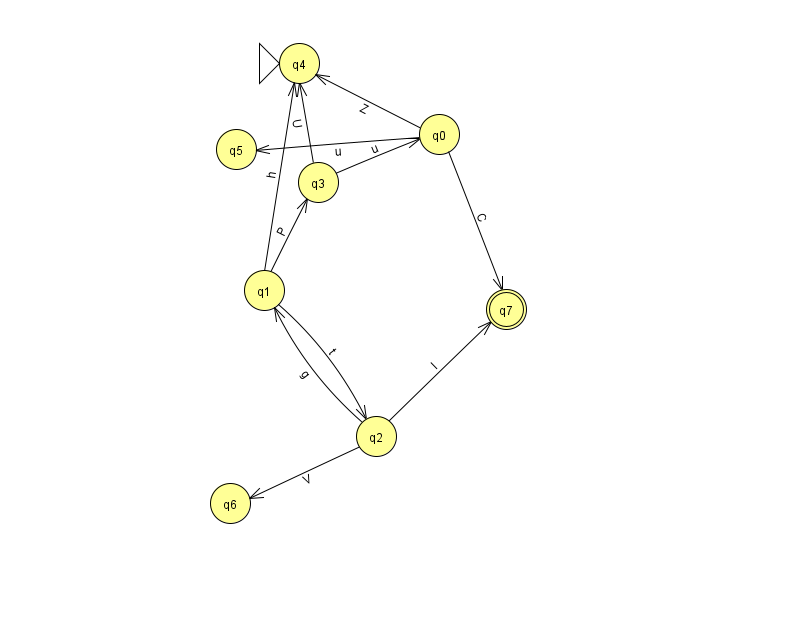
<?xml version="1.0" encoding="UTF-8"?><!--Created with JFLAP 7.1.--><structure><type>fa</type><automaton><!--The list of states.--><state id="0" name="q0"><x>439.0</x><y>121.0</y></state><state id="1" name="q1"><x>264.0</x><y>277.0</y></state><state id="2" name="q2"><x>376.0</x><y>423.0</y></state><state id="3" name="q3"><x>318.0</x><y>169.0</y></state><state id="4" name="q4"><x>299.0</x><y>50.0</y><initial/></state><state id="5" name="q5"><x>236.0</x><y>136.0</y></state><state id="6" name="q6"><x>230.0</x><y>490.0</y></state><state id="7" name="q7"><x>506.0</x><y>296.0</y><final/></state><!--The list of transitions.--><transition><from>0</from><to>7</to><read>C</read></transition><transition><from>1</from><to>2</to><read>t</read></transition><transition><from>2</from><to>1</to><read>g</read></transition><transition><from>0</from><to>5</to><read>u</read></transition><transition><from>2</from><to>7</to><read>l</read></transition><transition><from>1</from><to>4</to><read>h</read></transition><transition><from>3</from><to>4</to><read>U</read></transition><transition><from>1</from><to>3</to><read>P</read></transition><transition><from>0</from><to>4</to><read>Z</read></transition><transition><from>2</from><to>6</to><read>V</read></transition><transition><from>3</from><to>0</to><read>u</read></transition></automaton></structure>